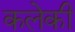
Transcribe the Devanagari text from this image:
कलेकी